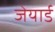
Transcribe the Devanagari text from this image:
जेयार्ड